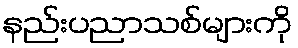
နည်းပညာသစ်များကို